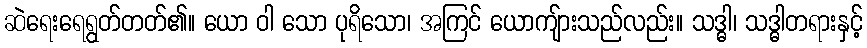
ဆဲရေးရေရွတ်တတ်၏။ ယော ဝါ သော ပုရိသော၊ အကြင် ယောကျ်ားသည်လည်း။ သဒ္ဓါ၊ သဒ္ဓါတရားနှင့်